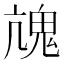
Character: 𩲋